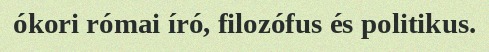
ókori római író, filozófus és politikus.